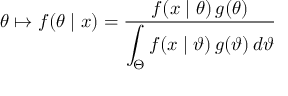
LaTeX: \theta \mapsto f ( \theta \mid x ) = { \frac { f ( x \mid \theta ) \, g ( \theta ) } { \displaystyle \int _ { \Theta } f ( x \mid \vartheta ) \, g ( \vartheta ) \, d \vartheta } }